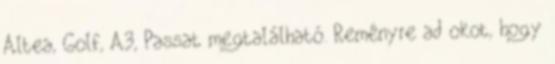
Altea, Golf, A3, Passat megtalálható. Reményre ad okot, hogy